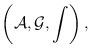
LaTeX: \begin{align*}\left({\cal A},{\cal G},\int\right),\end{align*}